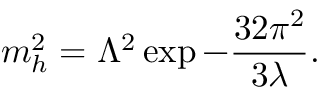
m _ { h } ^ { 2 } = \Lambda ^ { 2 } \exp - { \frac { 3 2 \pi ^ { 2 } } { 3 \lambda } } .